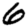
Digit: 6